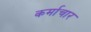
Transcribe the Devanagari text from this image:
कर्माचार